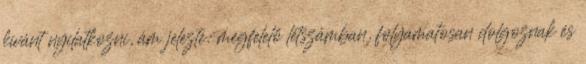
kívánt nyilatkozni, ám jelezte: megfelelő létszámban, folyamatosan dolgoznak és